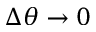
\Delta \theta \to 0